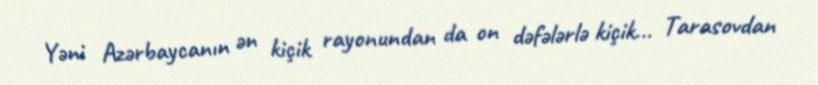
Yəni Azərbaycanın ən kiçik rayonundan da on dəfələrlə kiçik... Tarasovdan